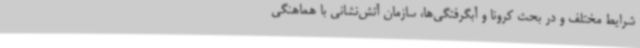
شرایط مختلف و در بحث کرونا و آبگرفتگی‌ها، سازمان آتش‌نشانی با هماهنگی